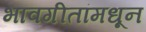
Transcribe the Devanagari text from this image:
भावगीतांमधून